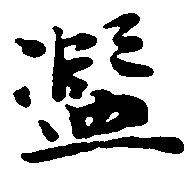
濫